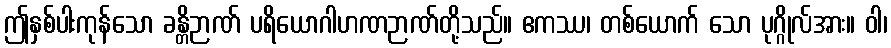
ဤနှစ်ပါးကုန်သော ခန္တိဉာဏ် ပရိယောဂါဟဏဉာဏ်တို့သည်။ ဧကဿ၊ တစ်ယောက် သော ပုဂ္ဂိုလ်အား။ ဝါ၊